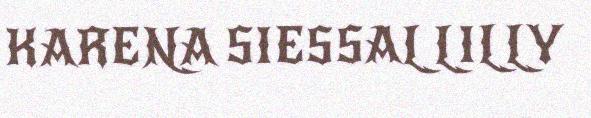
KARENA SIESSAL LILLY